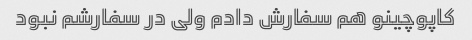
کاپوچینو هم سفارش دادم ولی در سفارشم نبود